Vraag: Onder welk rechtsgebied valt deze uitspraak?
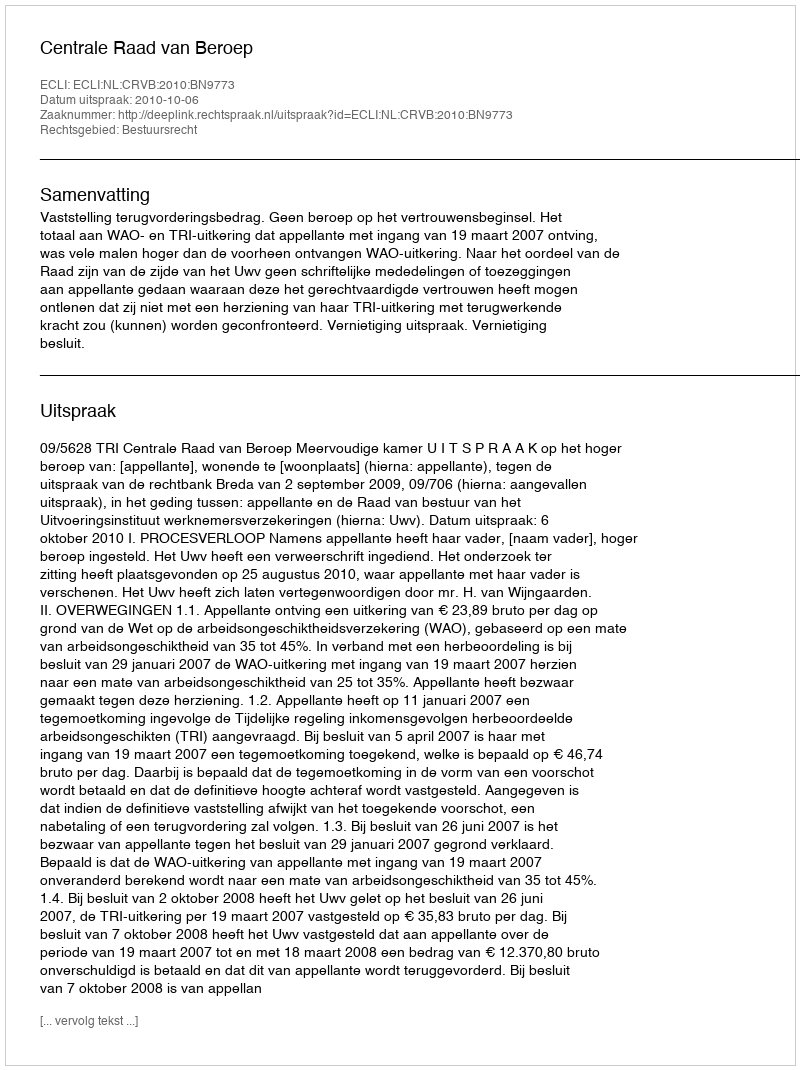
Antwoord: Bestuursrecht